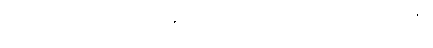
အာယတန၊ ဓာတ်၊ သစ္စာ၊ ဣန္ဒြေတို့၌ သွင်းပြ၍ အကျယ်ဝေဖန်၍ ဟောထား၏။